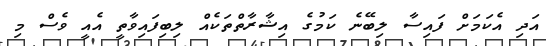
އަދި އެކަމަށް ފައިސާ ލިބޭނެ ކަމުގެ އިޝާރާތްތަކެއް ލިބިފައިވާތީ އެއީ ވެސް މި